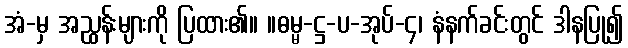
အံ-မှ အညွှန်းများကို ပြထား၏။ ။ဓမ္မ-ဋ္ဌ-ပ-အုပ်-၄၊ နံနက်ခင်းတွင် ဒါနပြု၍